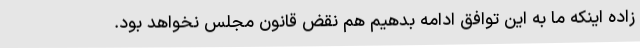
زاده اینکه ما به این توافق ادامه بدهیم هم نقض قانون مجلس نخواهد بود.